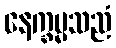
နေက္ခမ္မသညံ